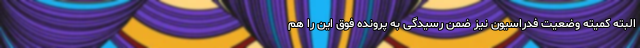
البته کمیته وضعیت فدراسیون نیز ضمن رسیدگی به پرونده فوق این را هم